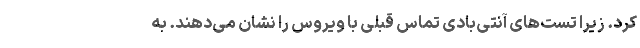
کرد. زیرا تست‌های آنتی‌بادی تماس قبلی با ویروس را نشان می‌دهند. به